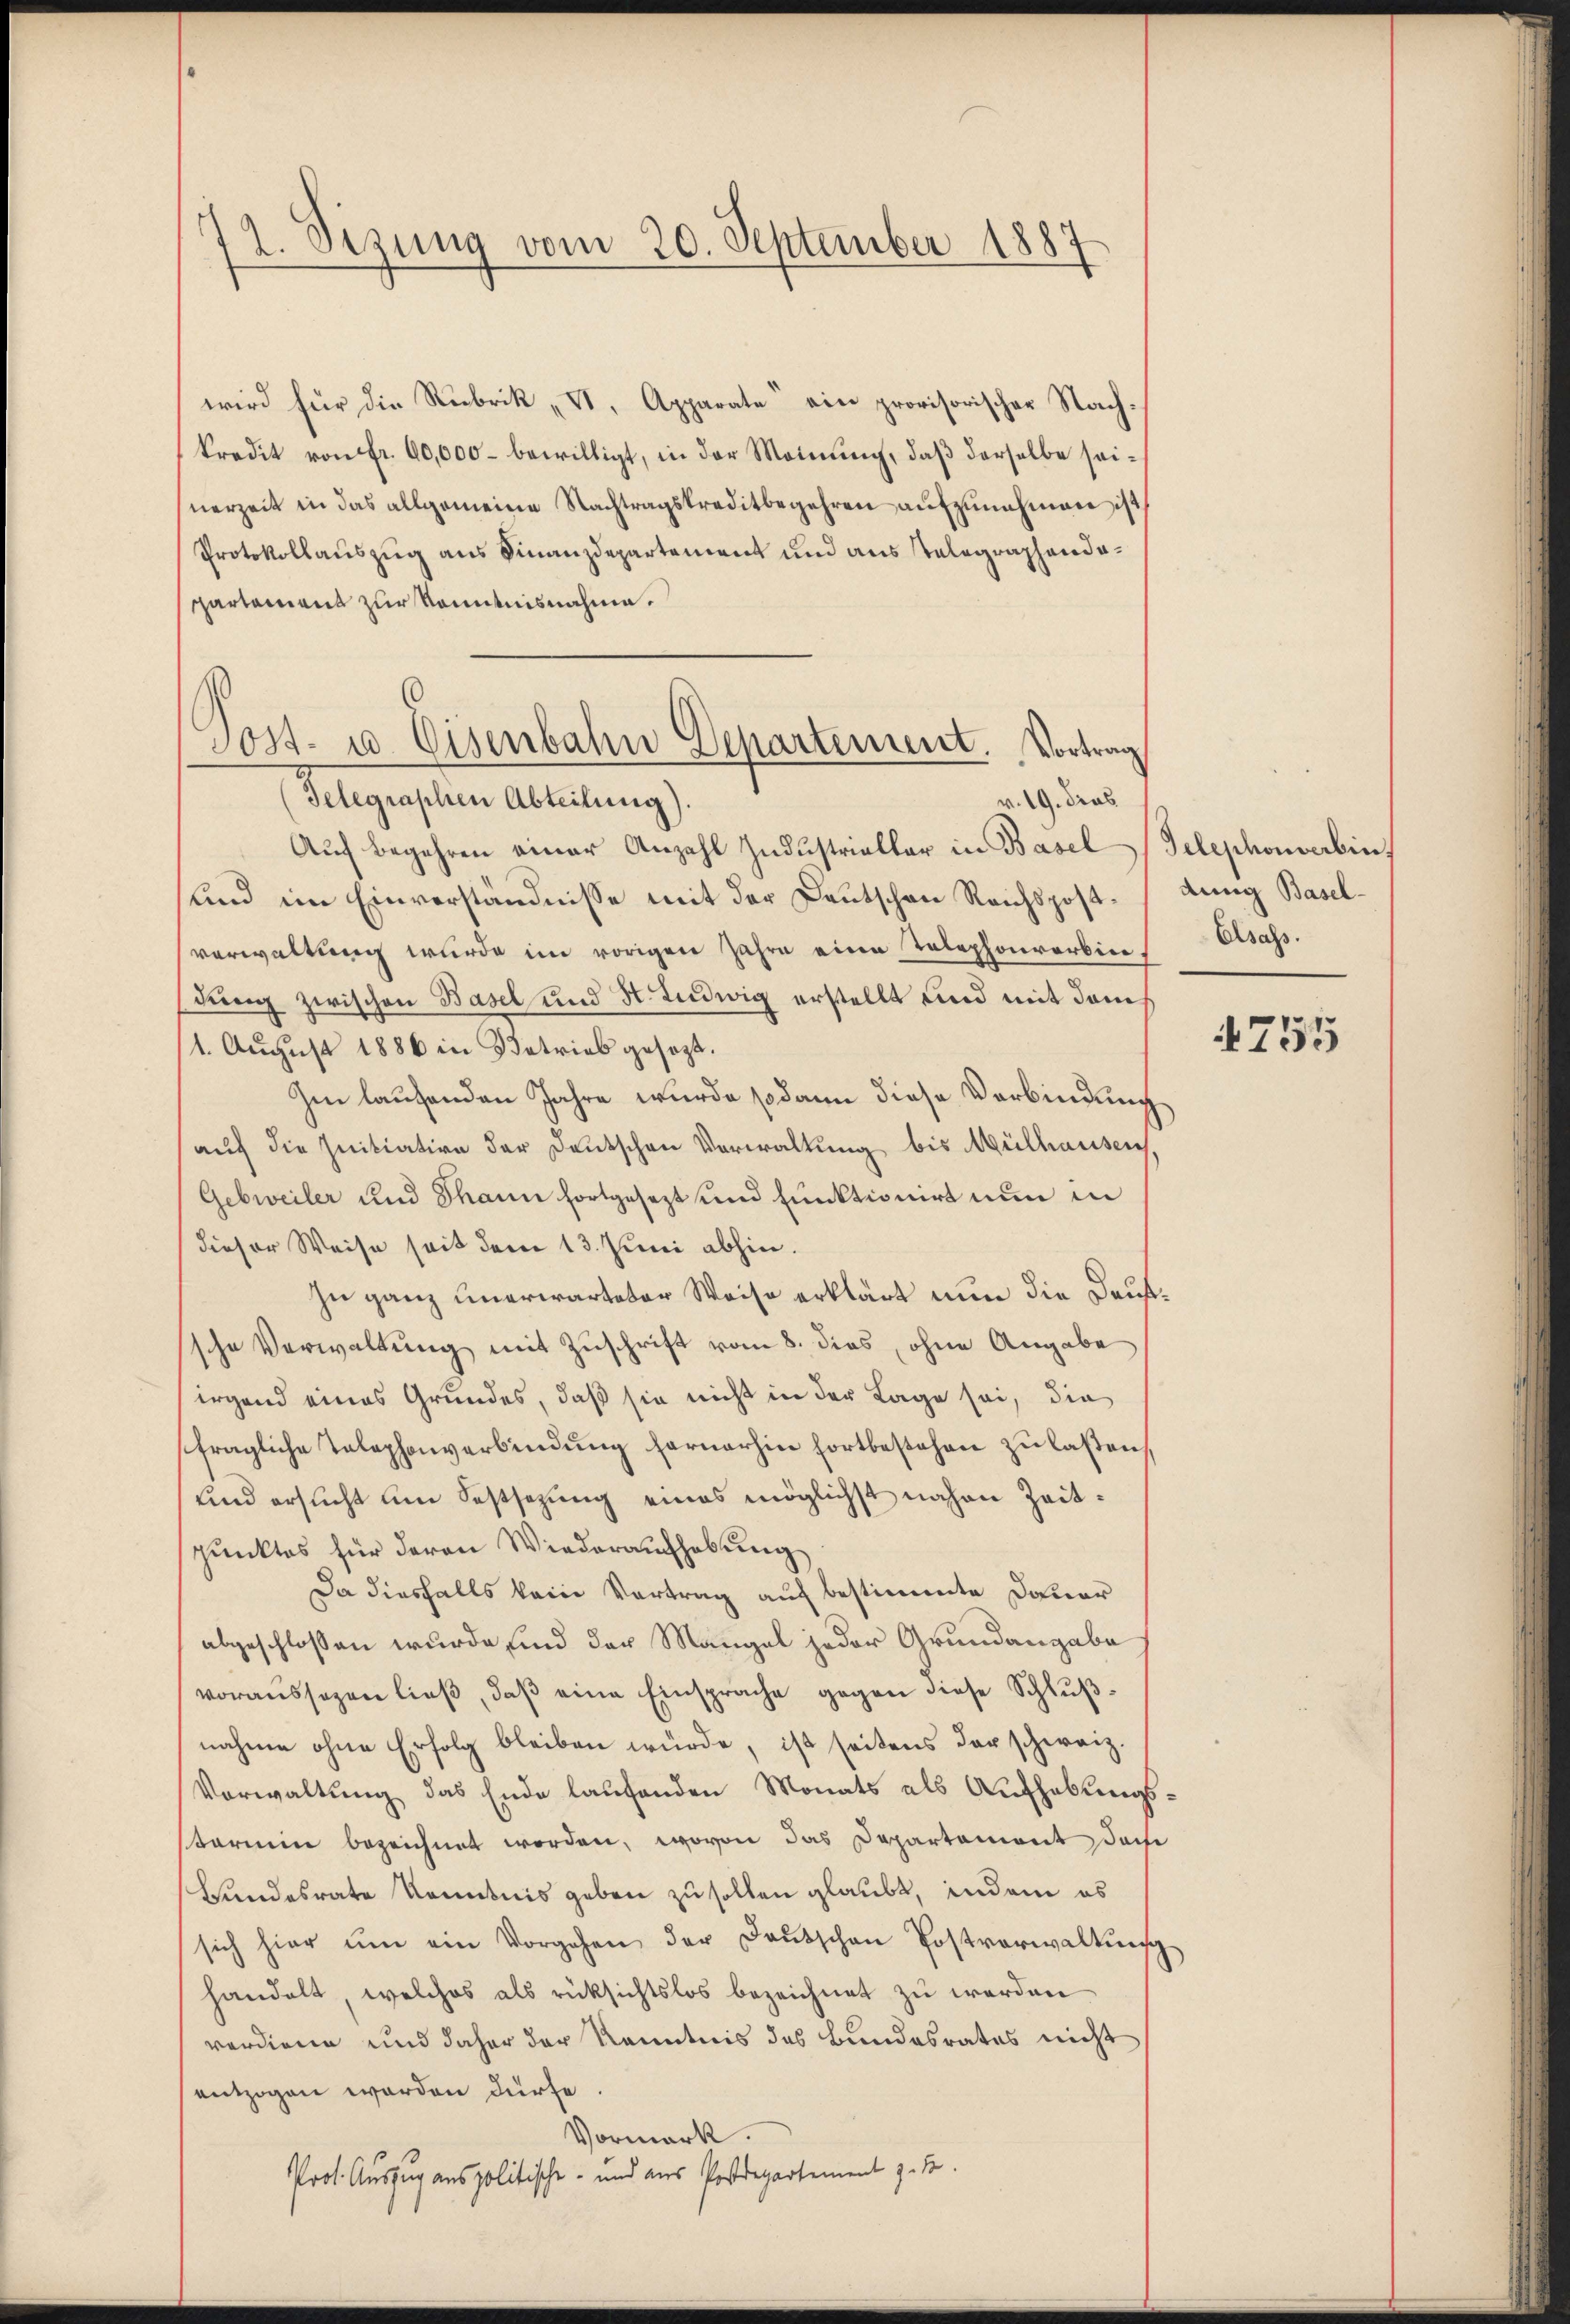
72. Sizung vom 20. September 1887

wird für die Rubrik „VI. Apparate ein provisorischer Nachkredit von Fr. 60,000 – bewilligt, in der Meinung, daß derselbe seinerzeit in das allgemeine Nachtragskreditbegehren aŭfzŭnehmen ist,
Protokollauszug aus Finanzdepartement und aus stelegraphendepartament zur Kenntnisnahme.
Telegraphen Abteilung).
v. 19. Dras
Aŭch begehren einer Anzahl Indŭstrieller in Basel (Telephonverbin
und im Einverständnisse mit der Deutschen Reichspost-Lung Baselverwaltung wurde im vorigen Jahre eine Telephonverbindung zwischen Basel und St. Ludwig erstellt und mit dems
1. August 1886 in Betrieb gesezt.
Im laufenden Jahre wurde sodann diese Verbindung
auf die Initiation der Deutschen Verwaltung bis Mülhausen,
Gebwveiler und Thann fortgesezt und funktionirt nun in
dieser Weise seit dem 13. Juni abhin.
In ganz unerwarteter Weise erklärt nun die Daufsche Verwaltung mit Zuschrift vom 8. dies, ohne Angabe
irgend eines Grundes, daß sie nicht in der Lage sei, die
fragliche Telephonverbindŭng fernerhin fortbestehen zu laßen,
und ersucht um Festsezung eines möglichst nahen Zeitspunktes für deren Wiederaufhebung
Da diesfalls kein Vertrag auf bestimmte Dauer
abgeschlossen wurde sind der Mangel jeder Grundangabe
voraussagen ließ, daβ eine Einsprache gegen diese Schlŭβ-
nahme ohne Erfolg bleiben würde, ist seitens der schweiz.
Vorwaltŭng das Ende laŭfenden Monats als Aŭfhebungstarium bezeichnet worden, wovon das Departement dem
Hundesrate Kenntnis geben zu sollen glaubt, indem es
sich hier ŭm ein Vorgehen der Deutschen Postverwaltŭng
handelt, welches als rücksichtslos bezeichnet zu werden
verdiene und daher der Kenntnis des Bundesrates nicht
entzogen worden dürfe
Vormerk
Prof. Auszug anspolitische - und aus Postdepartement z. B.

ost- u. Eisenbahn Departement. Vortrag

Elsass.

4755